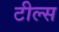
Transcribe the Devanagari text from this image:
टील्स